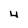
Character: 4